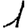
Digit: 1